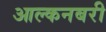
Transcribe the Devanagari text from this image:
आल्कनबरी